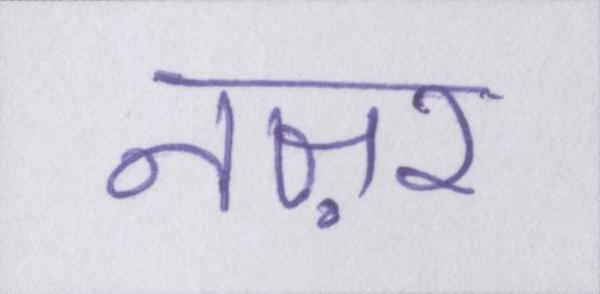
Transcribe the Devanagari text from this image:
नज़र